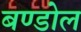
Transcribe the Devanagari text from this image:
बण्डोल